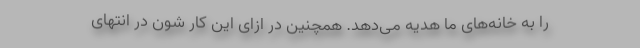
را به خانه‌های ما هدیه می‌دهد. همچنین در ازای این کار شون در انتهای